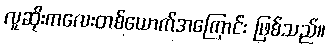
လူဆိုးကလေးတစ်ယောက်အကြောင်း ဖြစ်သည်။